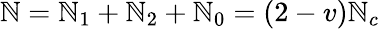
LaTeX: \mathbb{N}=\mathbb{N}_{1}+\mathbb{N}_{2}+\mathbb{N}_{0}=(2-v)\mathbb{N}_{c}